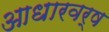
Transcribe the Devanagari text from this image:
आधारवर्ष